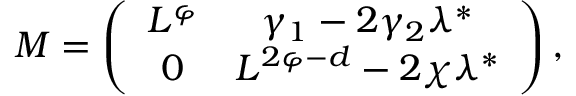
M = \left( \begin{array} { c c } { { L ^ { \varphi } } } & { { \gamma _ { 1 } - 2 \gamma _ { 2 } \lambda ^ { * } } } \\ { { 0 } } & { { L ^ { 2 \varphi - d } - 2 \chi \lambda ^ { * } } } \end{array} \right) ,